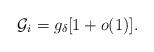
LaTeX: \begin{align*} \mathcal{G}_i=g_\delta[1+o(1)].\end{align*}